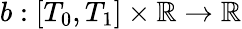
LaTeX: b:[T_{0},T_{1}]\times\mathbb{R}\rightarrow\mathbb{R}